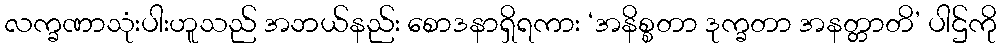
လက္ခဏာသုံးပါးဟူသည် အဘယ်နည်း စောဒနာရှိရကား ‘အနိစ္စတာ ဒုက္ခတာ အနတ္တာတိ’ ပါဌ်ကို